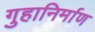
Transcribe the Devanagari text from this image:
गुहानिर्माण